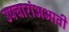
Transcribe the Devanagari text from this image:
उपचारांअभावी